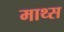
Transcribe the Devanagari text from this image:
माथ्स